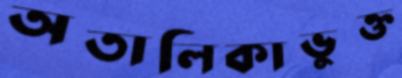
অতালিকাভুক্ত